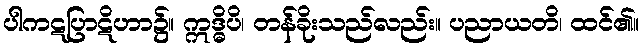
ပါကဋပြာဋိဟာ၌။ ဣဒ္ဓိပိ၊ တန်ခိုးသည်လည်း။ ပညာယတိ၊ ထင်၏။